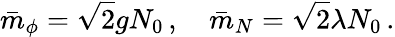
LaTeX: \bar{m}_{\phi}=\sqrt{2}gN_{0}\, ,\quad\bar{m}_{N}=\sqrt{2}\lambda N_{0}\, .